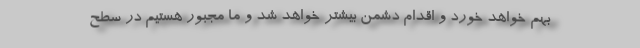
بهم خواهد خورد و اقدام دشمن بیشتر خواهد شد و ما مجبور هستیم در سطح